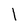
Character: 1